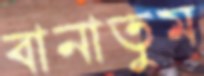
বানাতুম